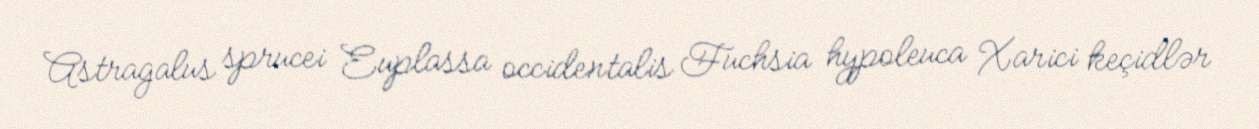
Astragalus sprucei Euplassa occidentalis Fuchsia hypoleuca Xarici keçidlər